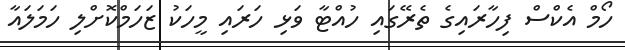
ހޯމް އެކްސް ފިހާރައިގެ ތެރޭގައި ހުއްޓާ ވަޅި ހަރައި މީހަކު ޒަހަމްކޮށްލި ހަމަލައާ